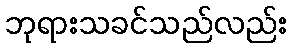
ဘုရားသခင်သည်လည်း